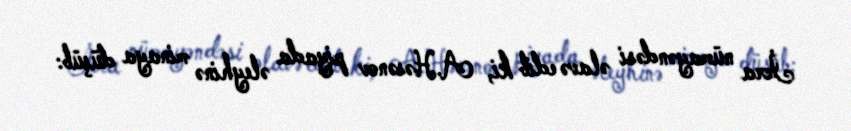
İcra nümayəndəsi əlavə edib ki, A.Həsənov piyada əleyhinə minaya düşüb: